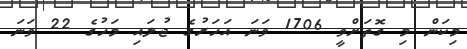
މިކަން މި ގޮތަށްވީ 1706 ވަނަ އަހަރުގެ ޖުލައި މަހުގެ 22 ވަނަ